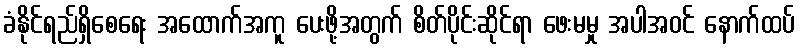
ခံနိုင်ရည်ရှိစေရေး အထောက်အကူ ပေးဖို့အတွက် စိတ်ပိုင်းဆိုင်ရာ ဖေးမမှု အပါအဝင် နောက်ထပ်